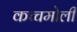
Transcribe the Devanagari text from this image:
कच्चमोली